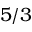
5 / 3